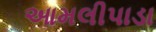
આમલીપાડા